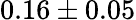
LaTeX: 0.16\pm 0.05